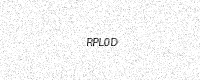
Text: RPL0D